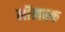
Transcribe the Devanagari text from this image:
मॉलस्क